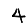
Digit: 4